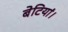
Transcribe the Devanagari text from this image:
बेटियां।